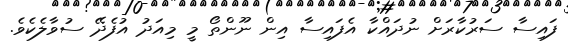
ފައިސާ ސަރުކާރަށް ނުދައްކާ އެފައިސާ އިން ނޫންތޯ މީ މިއަދު އުފެދޭ ސުވާލެކެވެ.